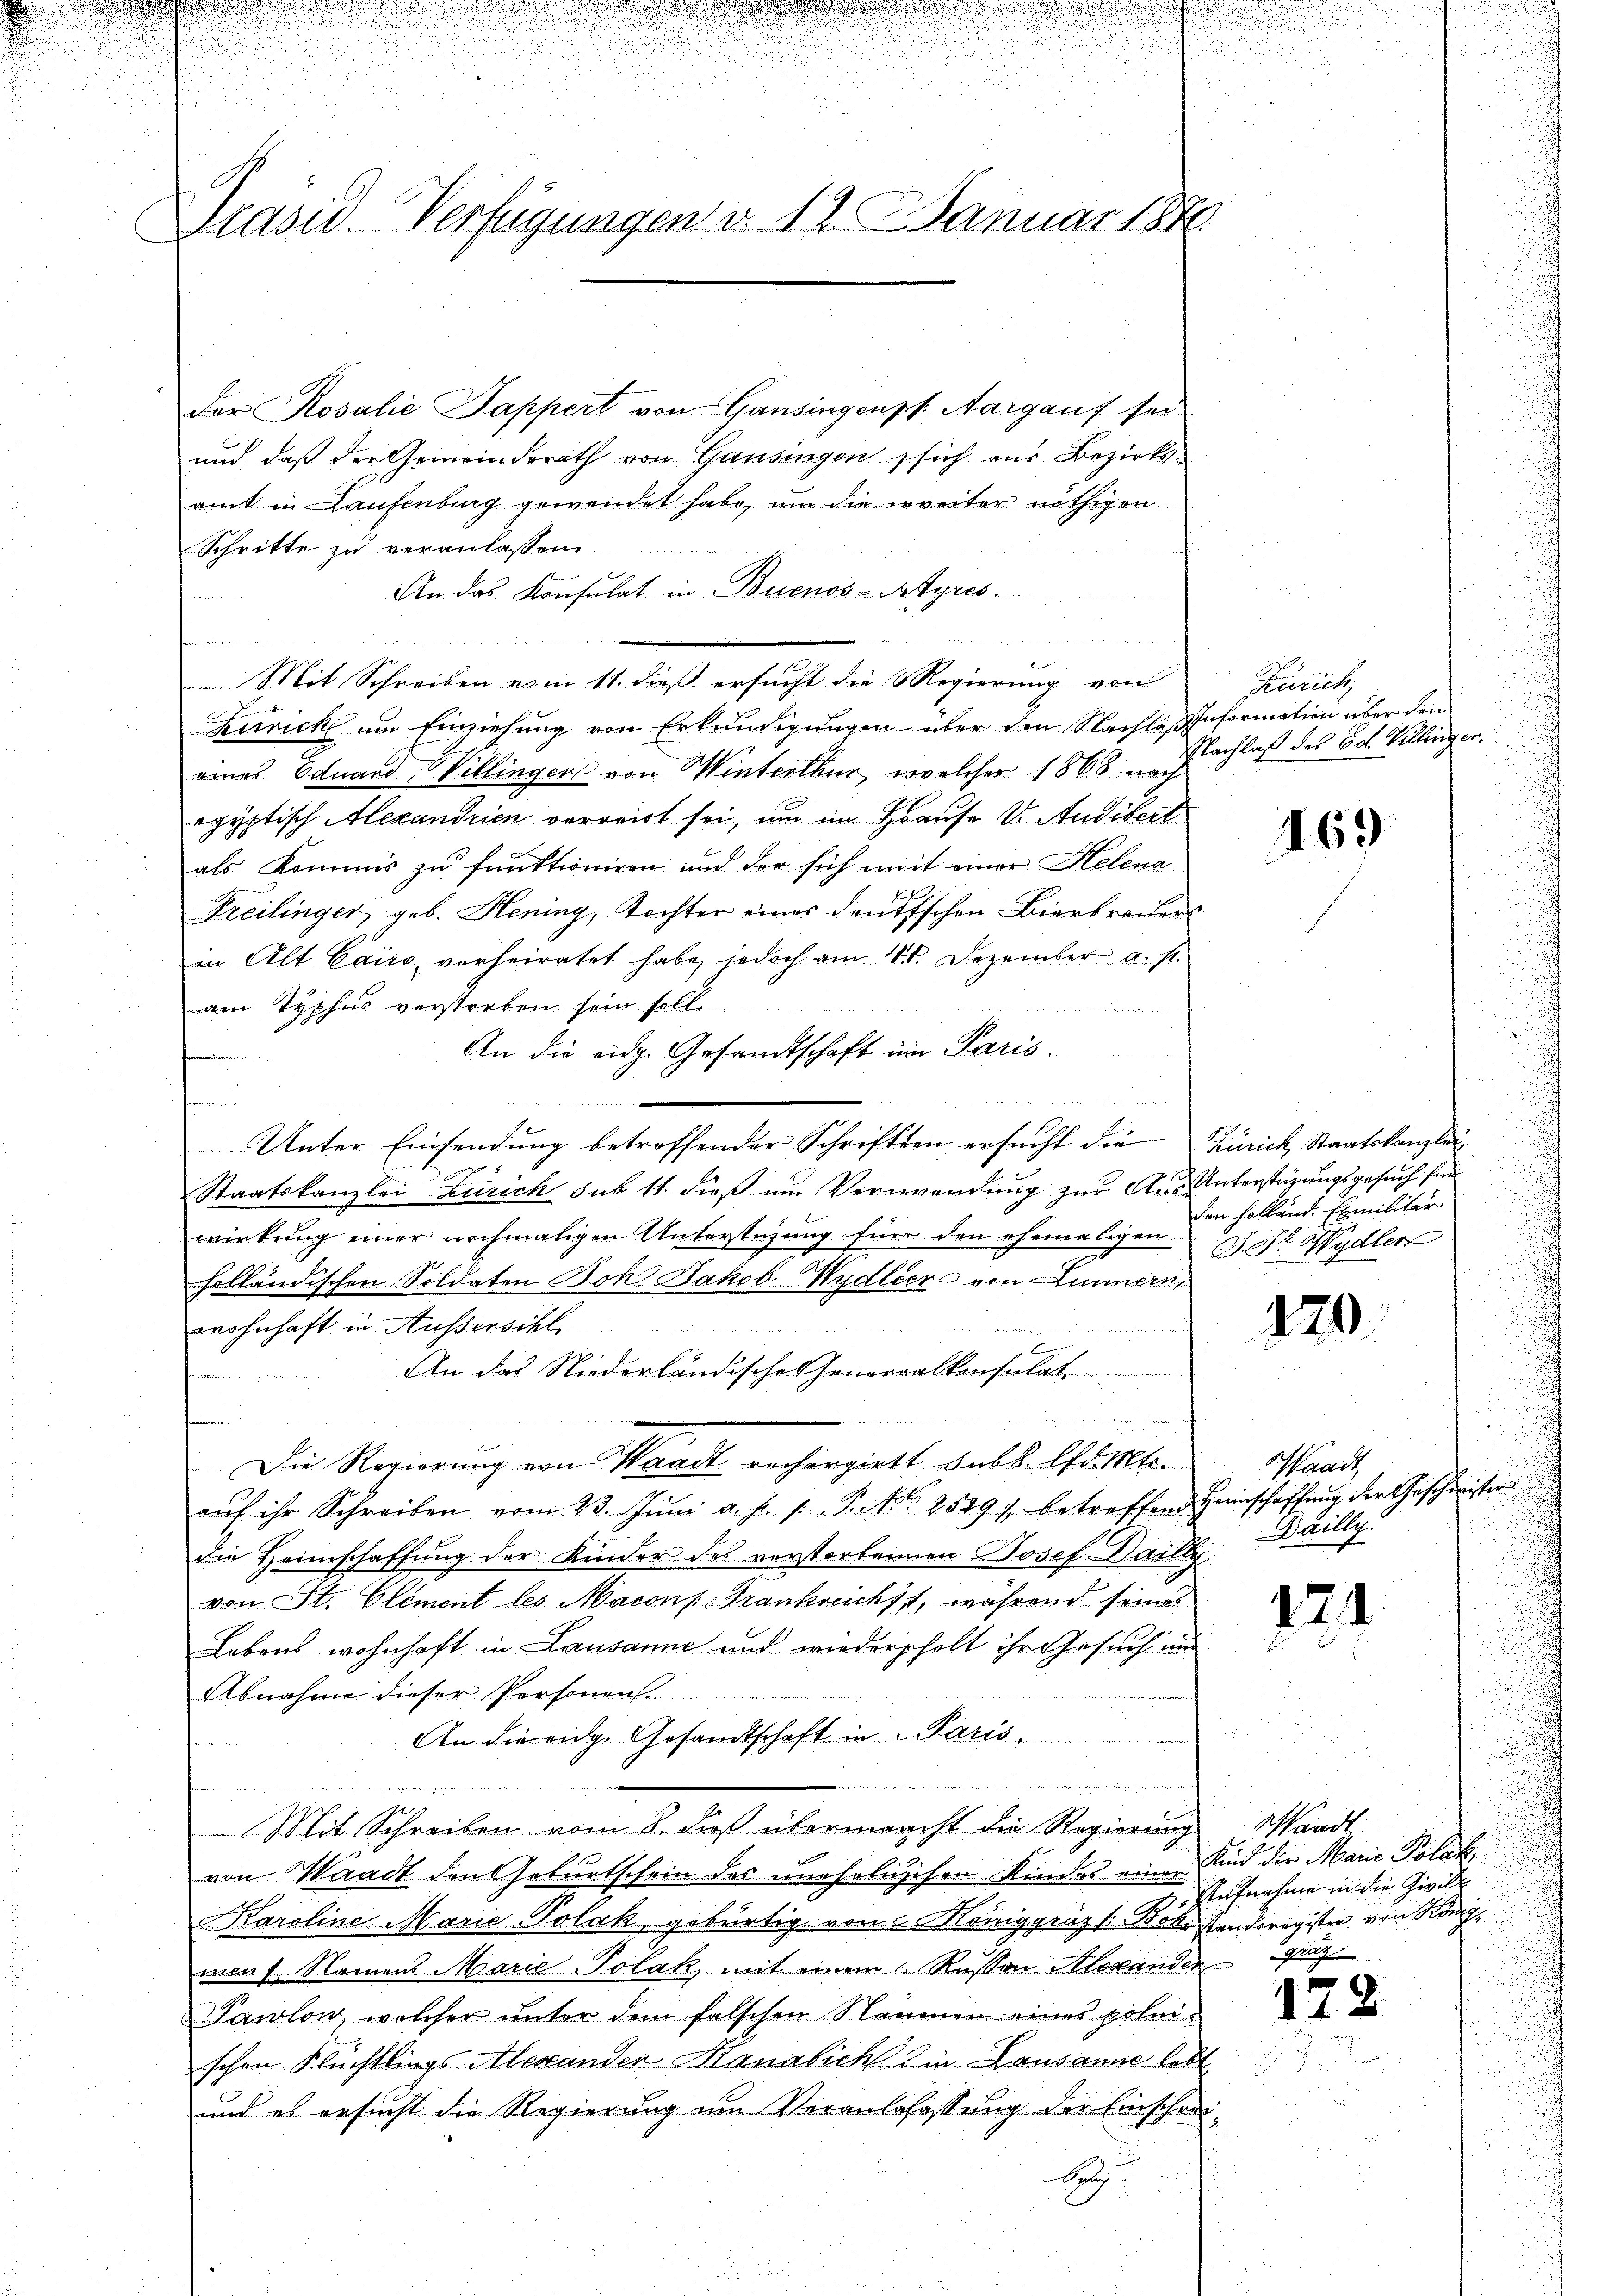
e

.
e
e

u
d
d
u
Präsid. Verfügungen d. 12. Januar 1848

Der Rosalie Sappert von Gansingenss. Aargauf sei
und, daß der Gemeinderath von Gausingen, sich aus Bezirksamt in Laufenburg gewendet habe, um die weiter nöthigen
Schritte zu veranlassen.
An das Konsulat in Buenos-Ayres.
Mit Schreiben vom 11. dieß ersucht die Regierung von
Zürich um Einziehung von Erkundigungen über den Nachlas Information über den
eines Eduard Villingert von Winterthur, welcher 1868 nach
egyptisch Alexandrien verreist sei, um im Hause u. Audiert
als. Kommis zu funktioniren und der sich weit einer Helena
Freilinger, geb. Hening, Tochter eines deutschen Bierbrachers
in Alt Cairo vorheiratet habe, jedoch am 4t. Dezember a. s.
m Typhus verstorben sein soll.

An die eidg. Gesandtschaft im Paris.
finden.
.
Unter Einsendung betreffender Schriften ersucht die Zürich Staatskanzlei-
Staatskanzlei Zürich sub 11. dieß um Verwendung zur Aus Unterstüzungsgesuch für
wirkung einer nochmaligen Unterstüzung für den ehemaligen . Dr Wydler
holländischen Soldaten Boh. Jakob Wydleer von Lunnern,

wohnhaft in Aussersihl
An das Niederländische Generalkonsulat
t

Die Regierung von Waadt rechergiebt sub. Edikti-
aŭf ihr Schreiben vom 23. Juni a. p. p. P. Nr. 25491. betreffend Heimschaffung der Geschinister
die Heimschaffung der Kinder des verstorbenen Josef Dailli
von St. Eliment les Macons-Frankreichst, während seine
Lebens wohnhaft in Lausanne und wiederholt ihr Gesuch an
Abnahme dieser Personen.
An die eidg. Gesandtschaft in Paris.
Mit Schreiben vom 8. dieß übermaacht die Regierung Waadt
von Waadt den Geburtschein des unehelischen Kindes eine Kind der Marie Polab¬
Karoline Marie-Polak, gebürtig von Königgräz s. Botestanderegister von Kön
ment Namens Marie Polak mit einem Russon Alexanden Aug
Pawlow, welcher unter dem falschen Namen eines polnischen Flüchtlings Alexanden Handlich in Lausanne lobt
und es ersucht die Regierung um Veranlafassung der Einschrei¬
B

m

u

.

Zürich,
Nachlaß des Col. Villingen.

469

den Holland. Exmilitär

120.

.

aadt,
Bailly.

121.

Aufnahme in die Zivill

112